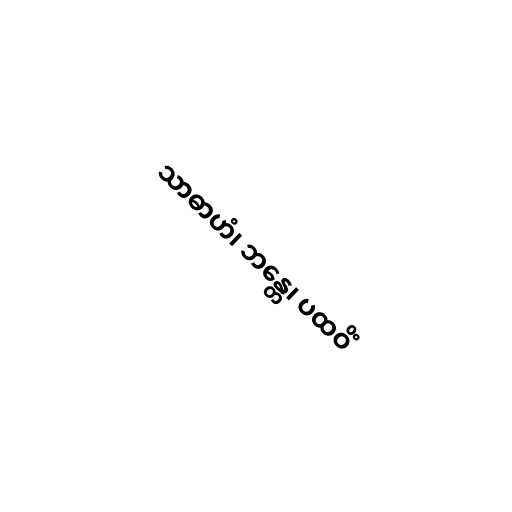
သာဓာဟံ၊ ဘန္တေ၊ ပထဝိံ